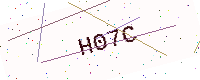
Text: H07C